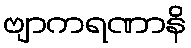
ဗျာကရဏာနိ